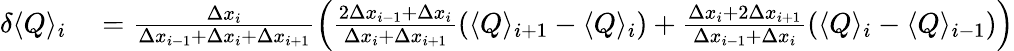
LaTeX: \begin{array}{rl}{\delta\langle Q\rangle_{i}}&{{}=\frac{\Delta x_{i}}{\Delta x_{i-1}+\Delta x_{i}+\Delta x_{i+1}}\left(\frac{2\Delta x_{i-1}+\Delta x_{i}}{\Delta x_{i}+\Delta x_{i+1}}\left(\langle Q\rangle_{i+1}-\langle Q\rangle_{i}\right)+\frac{\Delta x_{i}+2\Delta x_{i+1}}{\Delta x_{i-1}+\Delta x_{i}}\left(\langle Q\rangle_{i}-\langle Q\rangle_{i-1}\right)\right)}\end{array}